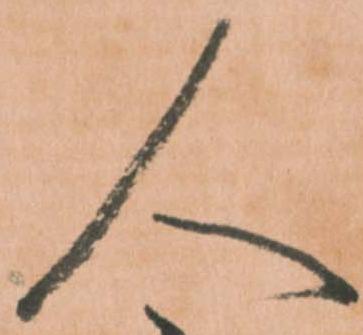
人